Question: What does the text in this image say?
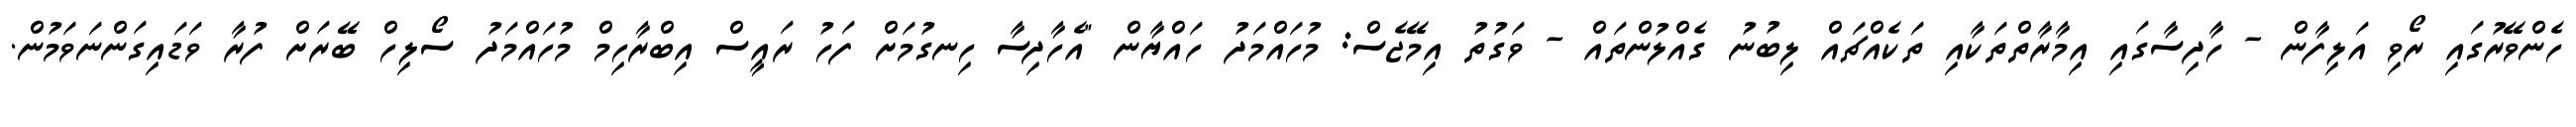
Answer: ހެންވޭރުގައި ރޯވި އަލިފާން - ހާދިސާގައި އިމާރާތްތަކާއި ތަކެއްޗައް ލިބުނު ގެއްލުންތައް - ވަގުތު އިމޭޖެސް: މުހައްމަދު ހައްޔާން "އެހާދިސާ ހިނގުމަށް ފަހު ރައީސް އިބްރާހިމް މުހައްމަދު ސޯލިހް ބޭރަށް ފުރާ ވަޑައިގަންނަވަމުން.